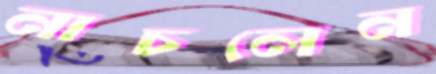
নাচলেন